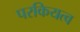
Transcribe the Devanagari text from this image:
परकियत्व